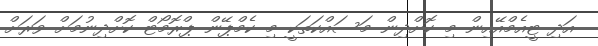
އަދި ޓީއެމްއޭއިން މި ކޮށްދިން މަސައްކަތަކީ މި ކެމްޕޭން ޕްރޮމޯޓް ކޮށްދިނުމަށް ވަރަށް